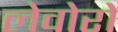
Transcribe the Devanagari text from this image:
लेवोरो